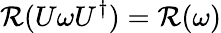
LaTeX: \mathcal{R}(U\omega U^{\dagger})=\mathcal{R}(\omega)